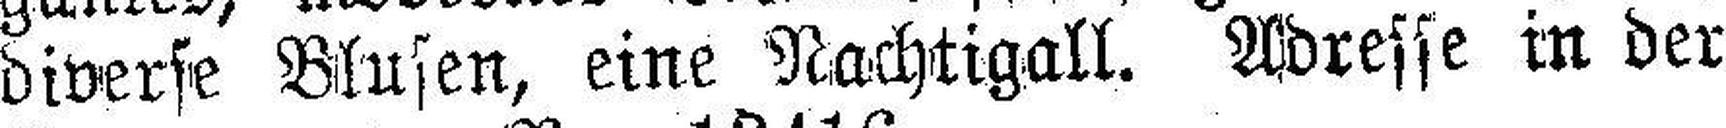
diverse Blusen, eine Nachtigall. Adresse in der